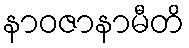
နာဝဇာနာမီတိ